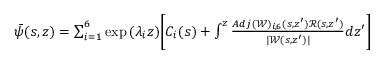
\begin{array} { r } { \bar { \psi } ( s , z ) = \sum _ { i = 1 } ^ { 6 } \exp { ( \lambda _ { i } z ) } \Bigg [ C _ { i } ( s ) + \int ^ { z } \frac { A d j ( \mathscr { W } ) _ { i , 6 } ( s , z ^ { \prime } ) \mathscr { R } ( s , z ^ { \prime } ) } { | \mathscr { W } ( s , z ^ { \prime } ) | } d z ^ { \prime } \Bigg ] } \end{array}